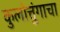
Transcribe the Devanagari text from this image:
कुलोत्तुंगाचा